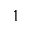
1